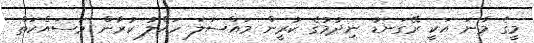
މީގެ މާނަ އަކީ ރޭގަނޑު ނިދުމުގެ ކުރީން މައްސަލަ ހައްލު ކުރާން މަސައްކަތް